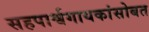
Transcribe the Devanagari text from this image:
सहपार्श्वगायकांसोबत